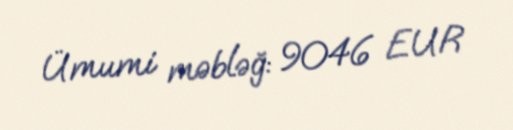
Ümumi məbləğ: 9046 EUR